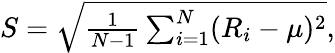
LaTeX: \begin{array}{r}{S=\sqrt{\frac{1}{N-1}\sum_{i=1}^{N}(R_{i}-\mu)^{2}},}\end{array}